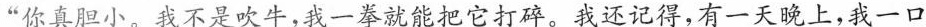
“你真胆小。我不是吹牛，我一拳就能把它打碎。我还记得，有一天晚上，我一口